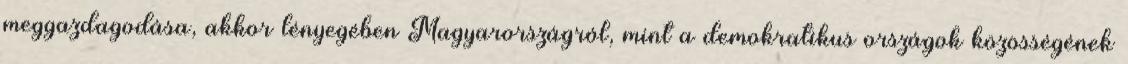
meggazdagodása, akkor lényegében Magyarországról, mint a demokratikus országok közösségének